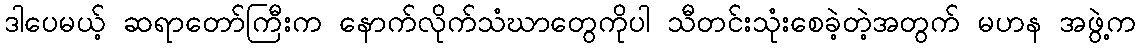
ဒါပေမယ့် ဆရာတော်ကြီးက နောက်လိုက်သံဃာတွေကိုပါ သီတင်းသုံးစေခဲ့တဲ့အတွက် မဟန အဖွဲ့က